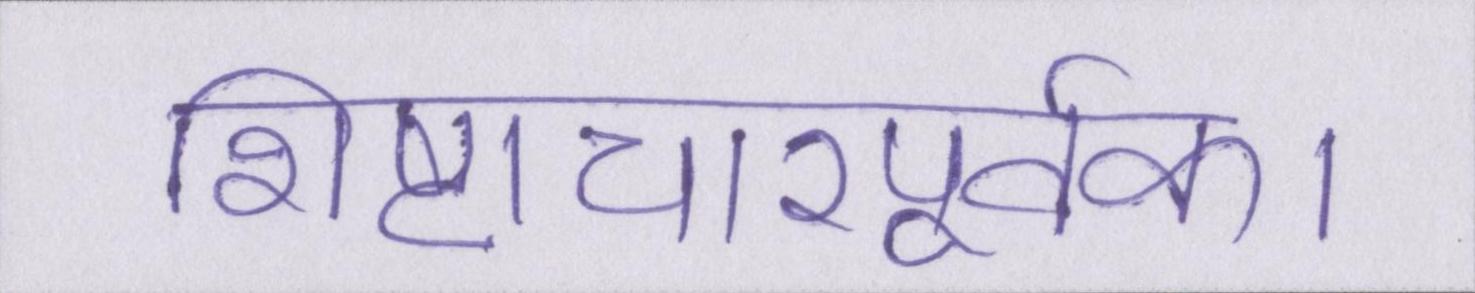
शिष्टाचारपूर्वक।